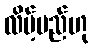
လိမ့်မည်ဟု